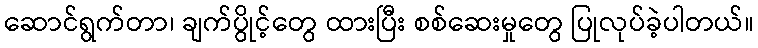
ဆောင်ရွက်တာ၊ ချက်ပွိုင့်တွေ ထားပြီး စစ်ဆေးမှုတွေ ပြုလုပ်ခဲ့ပါတယ်။